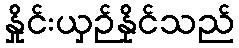
နှိုင်းယှဉ်နိုင်သည်